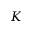
K